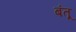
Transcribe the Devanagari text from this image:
बंतू